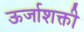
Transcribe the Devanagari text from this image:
ऊर्जाशक्ती